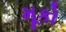
મૂકો